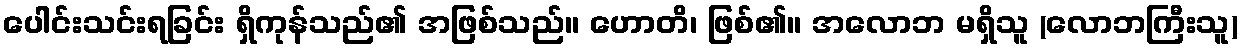
ပေါင်းသင်းရခြင်း ရှိကုန်သည်၏ အဖြစ်သည်။ ဟောတိ၊ ဖြစ်၏။ အလောဘ မရှိသူ (လောဘကြီးသူ)